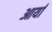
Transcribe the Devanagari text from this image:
आर्यां